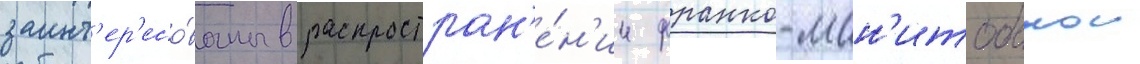
заинт'ер'есо́ваны в распростран'е́н'ии франко-ман'итобскои